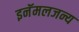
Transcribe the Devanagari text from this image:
इनॅमलजन्य